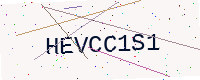
Text: HEVCC1S1